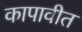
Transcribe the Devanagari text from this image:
कापावीत